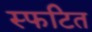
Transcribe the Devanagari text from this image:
स्फटित